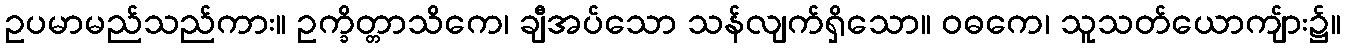
ဥပမာမည်သည်ကား။ ဥက္ခိတ္တာသိကေ၊ ချီအပ်သော သန်လျက်ရှိသော။ ဝဓကေ၊ သူသတ်ယောကျ်ား၌။